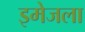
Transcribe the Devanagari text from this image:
इमेजला